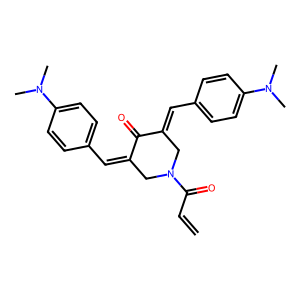
SMILES: C=CC(=O)N1CC(=Cc2ccc(N(C)C)cc2)C(=O)C(=Cc2ccc(N(C)C)cc2)C1
Inhibits HIV replication: No